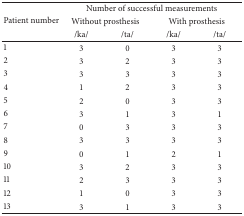
<table><thead><tr><td rowspan="3"><b>Patient number</b></td><td colspan="4"><b>Number of successful measurements</b></td></tr><tr><td colspan="2"><b>Without prosthesis</b></td><td colspan="2"><b>With prosthesis</b></td></tr><tr><td><b>/ka/</b></td><td><b>/ta/</b></td><td><b>/ka/</b></td><td><b>/ta/</b></td></tr></thead><tbody><tr><td>1</td><td>3</td><td>0</td><td>3</td><td>3</td></tr><tr><td>2</td><td>3</td><td>2</td><td>3</td><td>3</td></tr><tr><td>3</td><td>3</td><td>3</td><td>3</td><td>3</td></tr><tr><td>4</td><td>1</td><td>2</td><td>3</td><td>3</td></tr><tr><td>5</td><td>2</td><td>0</td><td>3</td><td>3</td></tr><tr><td>6</td><td>3</td><td>1</td><td>3</td><td>1</td></tr><tr><td>7</td><td>0</td><td>3</td><td>3</td><td>3</td></tr><tr><td>8</td><td>3</td><td>3</td><td>3</td><td>3</td></tr><tr><td>9</td><td>0</td><td>1</td><td>2</td><td>1</td></tr><tr><td>10</td><td>3</td><td>2</td><td>3</td><td>3</td></tr><tr><td>11</td><td>2</td><td>3</td><td>3</td><td>3</td></tr><tr><td>12</td><td>1</td><td>0</td><td>3</td><td>3</td></tr><tr><td>13</td><td>3</td><td>1</td><td>3</td><td>3</td></tr></tbody></table>